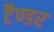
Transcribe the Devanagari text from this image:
टैण्डर